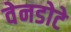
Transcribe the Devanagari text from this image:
वेनडोटे